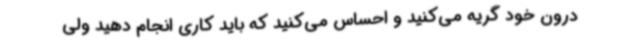
درون خود گریه می‌کنید و احساس می‌کنید که باید کاری انجام دهید ولی